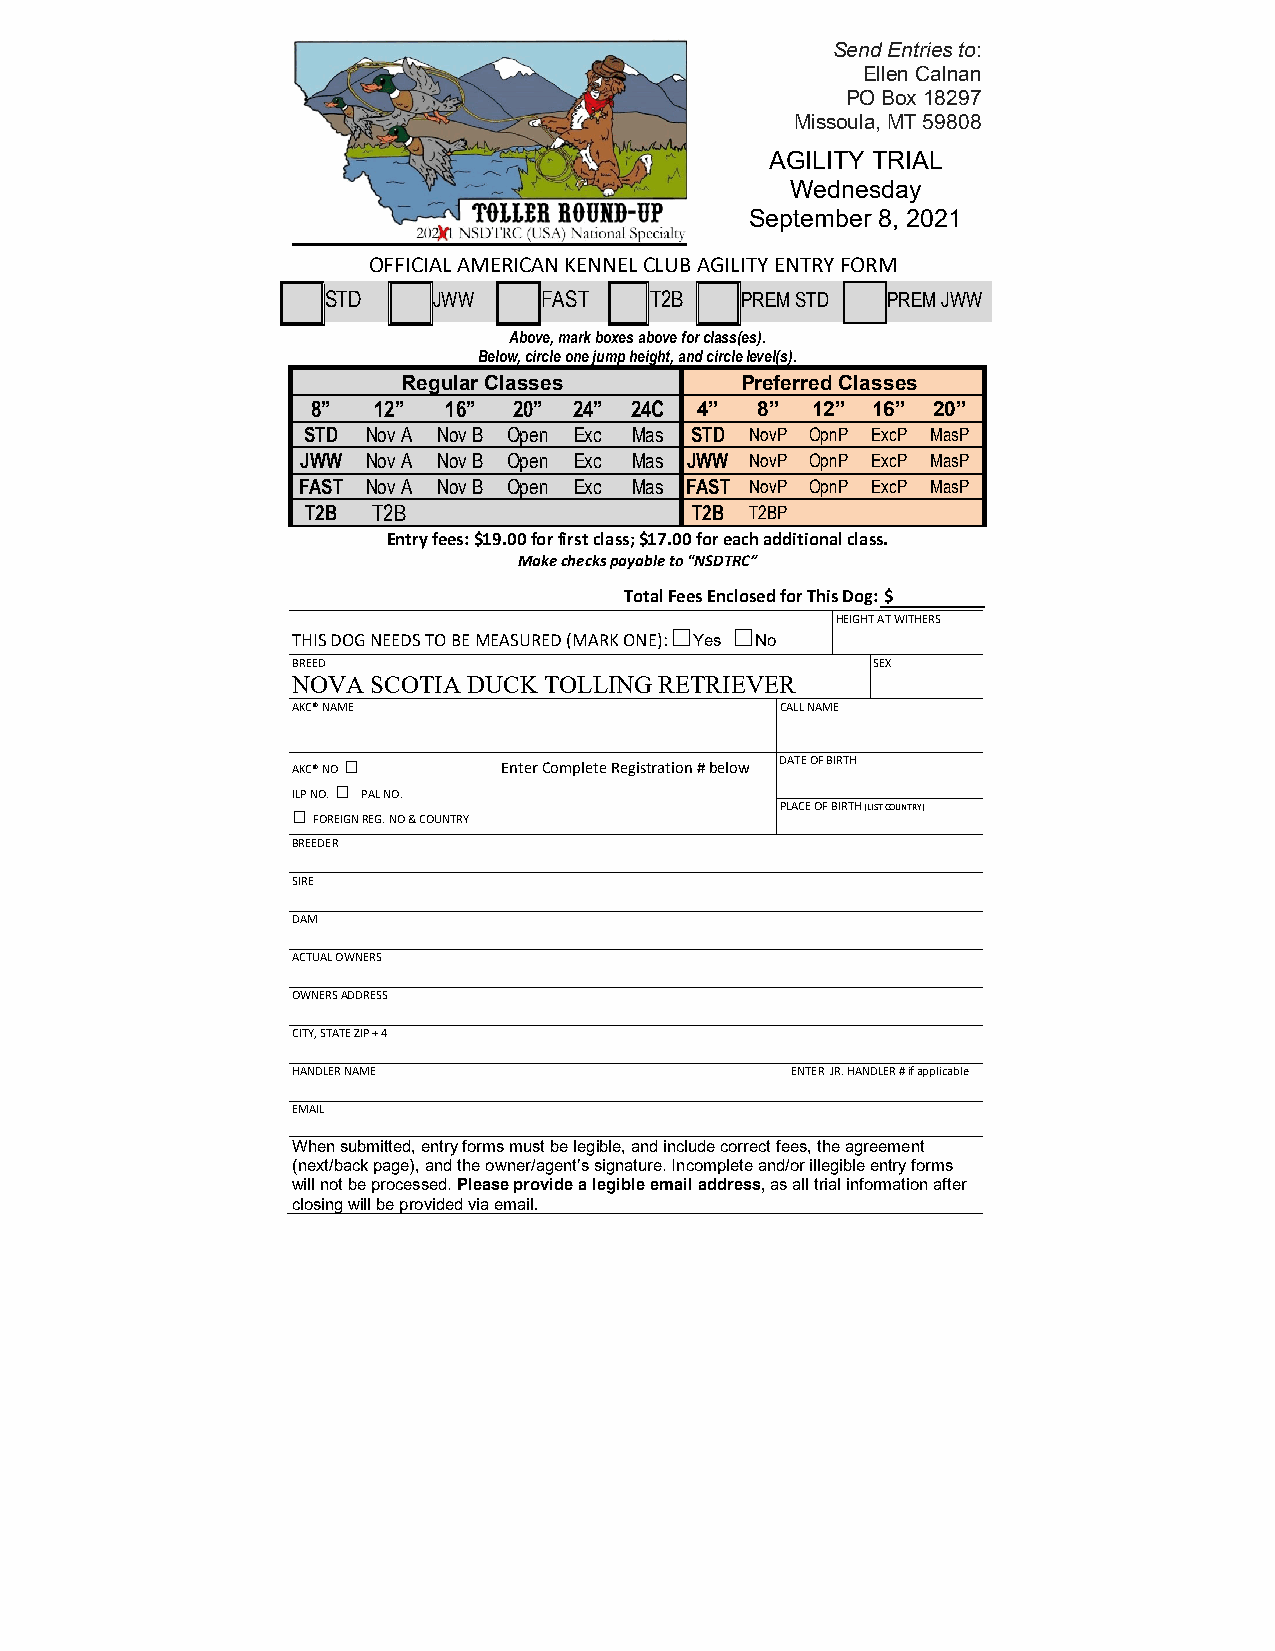
Send Entries to:
 Ellen Calnan
 PO Box 18297
 Missoula, MT 59808
 AGILITY TRIAL
 Wednesday
 September 8, 2021
 OFFICIAL AMERICAN KENNEL CLUB AGILITY ENTRY FORM
 STD     JWW    FAST   T2B   PREM STD  PREM JWW
 Above, mark boxes above for class(es).
 Below, circle one jump height, and circle level(s).
 Regular Classes       Preferred Classes
 8”  12” 16”  20” 24” 24C 4”  8”  12” 16” 20”
 STD Nov A Nov B Open Exc Mas STD NovP OpnP ExcP MasP
 JWW Nov A Nov B Open Exc Mas JWW NovP OpnP ExcP MasP
 FAST Nov A Nov B Open Exc Mas FAST NovP OpnP ExcP MasP
 T2B  T2B                  T2B T2BP
 Entry fees: $19.00 for first class; $17.00 for each additional class.
 Make checks payable to “NSDTRC”
 Total Fees Enclosed for This Dog: $
 □   □      HEIGHT AT WITHERS
 THIS DOG NEEDS TO BE MEASURED (MARK ONE): Yes No
 BREED                                  SEX
 NOVA  SCOTIA DUCK TOLLING RETRIEVER
 AKC® NAME                        CALL NAME
 AKC® NO □     Enter Complete Registration # below DATE OF BIRTH
 □
 ILP NO. PAL NO.
 □                                PLACE OF BIRTH (LIST COUNTRY)
 FOREIGN REG. NO & COUNTRY
 BREEDER
 SIRE
 DAM
 ACTUAL OWNERS
 OWNERS ADDRESS
 CITY, STATE ZIP + 4
 HANDLER NAME                     ENTER JR. HANDLER # if applicable
 EMAIL
 When submitted, entry forms must be legible, and include correct fees, the agreement
 (next/back page), and the owner/agent’s signature. Incomplete and/or illegible entry forms
 will not be processed. Please provide a legible email address, as all trial information after
 closing will be provided via email.